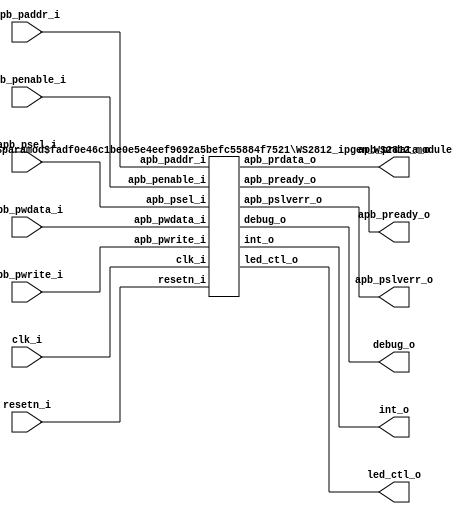

/*******************************************************************************

    Verilog netlist generated by IPGEN Lattice Propel (64-bit)

    2.0.2104292220

    Soft IP Version: 1.7

    2021 06 12 18:19:59

*******************************************************************************/
/*******************************************************************************

    Wrapper Module generated per user settings.

*******************************************************************************/
module WS2812 (clk_i, 
        resetn_i, 
        led_ctl_o, 
        debug_o, 
        apb_penable_i, 
        apb_psel_i, 
        apb_pwrite_i, 
        apb_paddr_i, 
        apb_pwdata_i, 
        apb_prdata_o, 
        apb_pslverr_o, 
        apb_pready_o, 
        int_o) ;
    input clk_i ; 
    input resetn_i ; 
    output led_ctl_o ; 
    output debug_o ; 
    input apb_penable_i ; 
    input apb_psel_i ; 
    input apb_pwrite_i ; 
    input [5:0] apb_paddr_i ; 
    input [31:0] apb_pwdata_i ; 
    output [31:0] apb_prdata_o ; 
    output apb_pslverr_o ; 
    output apb_pready_o ; 
    output int_o ; 
    WS2812_ipgen_WS2812_module #(.FAMILY("MachXO3LF"),
            .IF_USER_INTF("APB"),
            .LED_COUNT(3)) WS2812_module_inst (.clk_i(clk_i), 
                .resetn_i(resetn_i), 
                .led_ctl_o(led_ctl_o), 
                .debug_o(debug_o), 
                .apb_penable_i(apb_penable_i), 
                .apb_psel_i(apb_psel_i), 
                .apb_pwrite_i(apb_pwrite_i), 
                .apb_paddr_i(apb_paddr_i[5:0]), 
                .apb_pwdata_i(apb_pwdata_i[31:0]), 
                .apb_prdata_o(apb_prdata_o[31:0]), 
                .apb_pslverr_o(apb_pslverr_o), 
                .apb_pready_o(apb_pready_o), 
                .int_o(int_o)) ; 
endmodule



module WS2812_ipgen_WS2812_module #(parameter FAMILY = "LIFCL", 
        parameter IF_USER_INTF = "APB", 
        parameter LED_COUNT = 3, 
        parameter CLOCK_FREQUENCY = 38000000) (
    // Interface type "LMMI" "AHBL" or "APB"

    input wire clk_i, 
    input wire resetn_i, 
    output reg led_ctl_o,  // LED control signal

    output reg int_o,  // Interrupt

    output wire debug_o, 
    input wire apb_penable_i,  // apb Enable

    input wire apb_psel_i,  // apb Slave select

    input wire apb_pwrite_i,  // apb write 1, read 0

    input wire [5:0] apb_paddr_i, 
    input wire [31:0] apb_pwdata_i, 
    output reg [31:0] apb_prdata_o, 
    output reg apb_pslverr_o,  // apb slave error

    output reg apb_pready_o) ;
    reg [31:0] status_register ; 
    reg [31:0] control_register ; 
    reg [31:0] colour_register ; 
    reg [23:0] led_colour [(LED_COUNT - 1):0] ; 
    reg colours_updated ; 
    reg led_sending = 1'b0 ; 
    reg [8:0] clk_counter ; 
    reg [8:0] led_counter ; 
    reg [8:0] led_bit_counter ; 
    reg [8:0] clock_counter ; 
    // Each pulse must be around .42us (= 2.38MHz); 3 pulses needed for each bit: 3 * .42 = 1.26us

    localparam [8:0] CLOCK_DIVIDER = (CLOCK_FREQUENCY / 2380000) ; 
    // State machine to control APB bus

    reg [1:0] SM_APB ; 
    localparam sm_idle = 2'b00 ; 
    localparam sm_access = 2'b01 ; 
    always
        @(posedge clk_i or 
            negedge resetn_i)
        begin
            if ((~resetn_i)) 
                begin
                    SM_APB <=  sm_idle ;
                    apb_prdata_o <=  32'b0 ;
                    apb_pready_o <=  1'b0 ;
                    apb_pslverr_o <=  1'b0 ;
                    status_register <=  32'h0 ;
                    control_register <=  32'h0 ;
                    colours_updated <=  1'b0 ;
                end
            else
                begin
                    case (SM_APB)
                    sm_idle : 
                        begin
                            if (led_sending) 
                                colours_updated <=  1'b0 ;
                            if ((apb_psel_i && apb_penable_i)) 
                                begin
                                    SM_APB <=  sm_access ;
                                    apb_pready_o <=  1'b1 ;
                                    if (apb_pwrite_i) 
                                        begin
                                            case (apb_paddr_i)
                                            6'h0 : 
                                                status_register <=  apb_pwdata_i ;
                                            6'h4 : 
                                                control_register <=  apb_pwdata_i ;
                                            6'h8 : 
                                                begin
                                                    colours_updated <=  1'b1 ;// Trigger to start resending data

                                                    led_colour[apb_pwdata_i[31:24]] <=  apb_pwdata_i[23:0] ;// Top 8 bits are the led to set, lower 24 bits are the colour 

                                                end
                                            endcase 
                                        end
                                    else
                                        begin
                                            case (apb_paddr_i)
                                            6'h0 : 
                                                apb_prdata_o <=  status_register ;
                                            6'h4 : 
                                                apb_prdata_o <=  control_register ;
                                            6'h8 : 
                                                begin
                                                    apb_prdata_o <=  led_colour[status_register] ;
                                                end
                                            endcase 
                                        end
                                end
                        end
                    sm_access : 
                        begin
                            apb_pready_o <=  1'b0 ;
                            SM_APB <=  sm_idle ;
                        end
                    endcase 
                end
        end
    // LED sending state machine

    reg [2:0] SM_Led ; 
    localparam sm_led_idle = 3'b000 ; 
    localparam sm_led_phase1 = 3'b001 ; // First phase of output bit (always 1)

    localparam sm_led_phase2 = 3'b010 ; // Second phase (1 or 0)

    localparam sm_led_phase3 = 3'b011 ; // Third phase (always 0)

    localparam sm_led_reset = 3'b100 ; // Wait until ready to send again

    // Main LED output loop

    always
        @(posedge clk_i or 
            negedge resetn_i)
        begin
            if ((~resetn_i)) 
                begin
                    led_ctl_o <=  1'b0 ;
                    led_counter <=  8'b0 ;
                    led_bit_counter <=  8'b0 ;
                    clock_counter <=  CLOCK_DIVIDER ;
                    int_o <=  1'b0 ;
                    led_sending <=  1'b0 ;
                    SM_Led <=  sm_led_idle ;
                end
            else
                begin
                    int_o <=  1'b0 ;// clear interrupt

                    if (((SM_Led == sm_led_idle) && colours_updated)) 
                        begin
                            led_bit_counter <=  8'd23 ;
                            led_counter <=  8'b0 ;
                            led_ctl_o <=  1'b1 ;
                            SM_Led <=  sm_led_phase2 ;
                            clock_counter <=  CLOCK_DIVIDER ;
                            led_sending <=  1'b1 ;
                        end
                    else
                        if (led_sending) 
                            begin
                                if ((clock_counter == 8'h0)) 
                                    begin
                                        clock_counter <=  CLOCK_DIVIDER ;
                                        case (SM_Led)
                                        sm_led_phase1 : 
                                            begin
                                                led_ctl_o <=  1'b1 ;
                                                SM_Led <=  sm_led_phase2 ;
                                            end
                                        sm_led_phase2 : 
                                            begin
                                                led_ctl_o <=  led_colour[led_counter][led_bit_counter] ;// Output the current bit of the current Led

                                                led_bit_counter <=  (led_bit_counter - 8'b1) ;
                                                SM_Led <=  sm_led_phase3 ;
                                                if ((led_bit_counter <= 8'h0)) 
                                                    begin
                                                        if ((led_counter == (LED_COUNT - 1'b1))) 
                                                            begin
                                                                // all LEDs have been transmitted

                                                                SM_Led <=  sm_led_reset ;
                                                            end
                                                        else
                                                            begin
                                                                led_bit_counter <=  8'd23 ;
                                                                led_counter <=  (led_counter + 8'b1) ;// Increment to the next Led

                                                            end
                                                    end
                                            end
                                        sm_led_phase3 : 
                                            begin
                                                led_ctl_o <=  1'b0 ;
                                                SM_Led <=  sm_led_phase1 ;
                                            end
                                        sm_led_reset : 
                                            begin
                                                led_ctl_o <=  1'b0 ;
                                                led_counter <=  (led_counter + 1'b1) ;
                                                if ((led_counter == 250)) 
                                                    begin
                                                        // 120 = 50uS (minimum gap from datasheet, but in practice needs to be longer)

                                                        led_sending <=  1'b0 ;
                                                        int_o <=  1'b1 ;// Fire interrupt

                                                        SM_Led <=  sm_led_idle ;
                                                    end
                                            end
                                        endcase 
                                    end
                                else
                                    begin
                                        clock_counter <=  (clock_counter - 8'h1) ;
                                    end
                            end
                end
        end
    assign debug_o = apb_penable_i ; 
endmodule